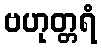
ဗဟုတ္တရံ